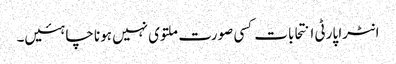
انٹرا پارٹی انتحابات کسی صورت ملتوی نہیں ہونا چاہئیں۔